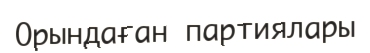
Орындаған партиялары